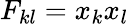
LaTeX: F_{kl}=x_{k}x_{l}